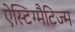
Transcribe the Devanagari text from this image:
ऐस्टिग्मैटिज्म